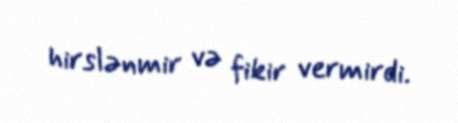
hirslənmir və fikir vermirdi.